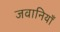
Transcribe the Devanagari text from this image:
जवानियाँ